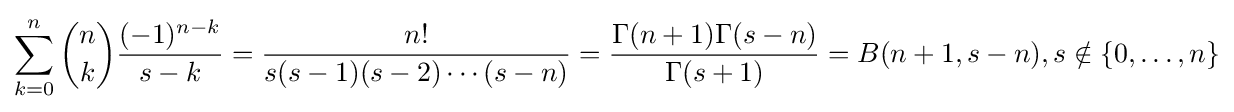
\sum _{k=0}^{n}{n \choose k}{\frac {(-1)^{n-k}}{s-k}}={\frac {n!}{s(s-1)(s-2)\cdots (s-n)}}={\frac {\Gamma (n+1)\Gamma (s-n)}{\Gamma (s+1)}}=B(n+1,s-n),s\notin \{0,\ldots ,n\}